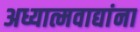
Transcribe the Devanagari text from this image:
अध्यात्मवाद्यांना